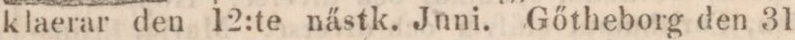
klaerar den 12:te nästk. Juni. Gőtheborg den 31